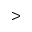
>